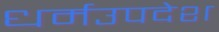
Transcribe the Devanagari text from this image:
धर्मउपदेश